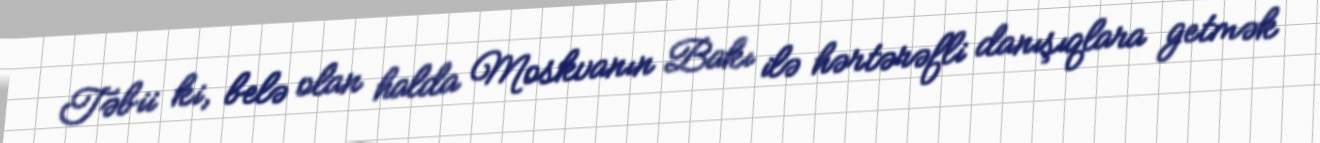
Təbii ki, belə olan halda Moskvanın Bakı ilə hərtərəfli danışıqlara getmək